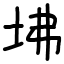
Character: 坲